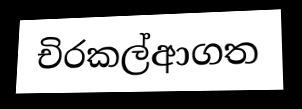
චිරකල්ආගත